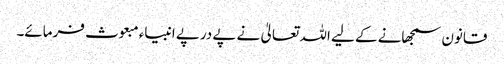
قانون سمجھانے کے لیے اللہ تعالیٰ نے پے درپے انبیاء مبعوث فرمائے۔